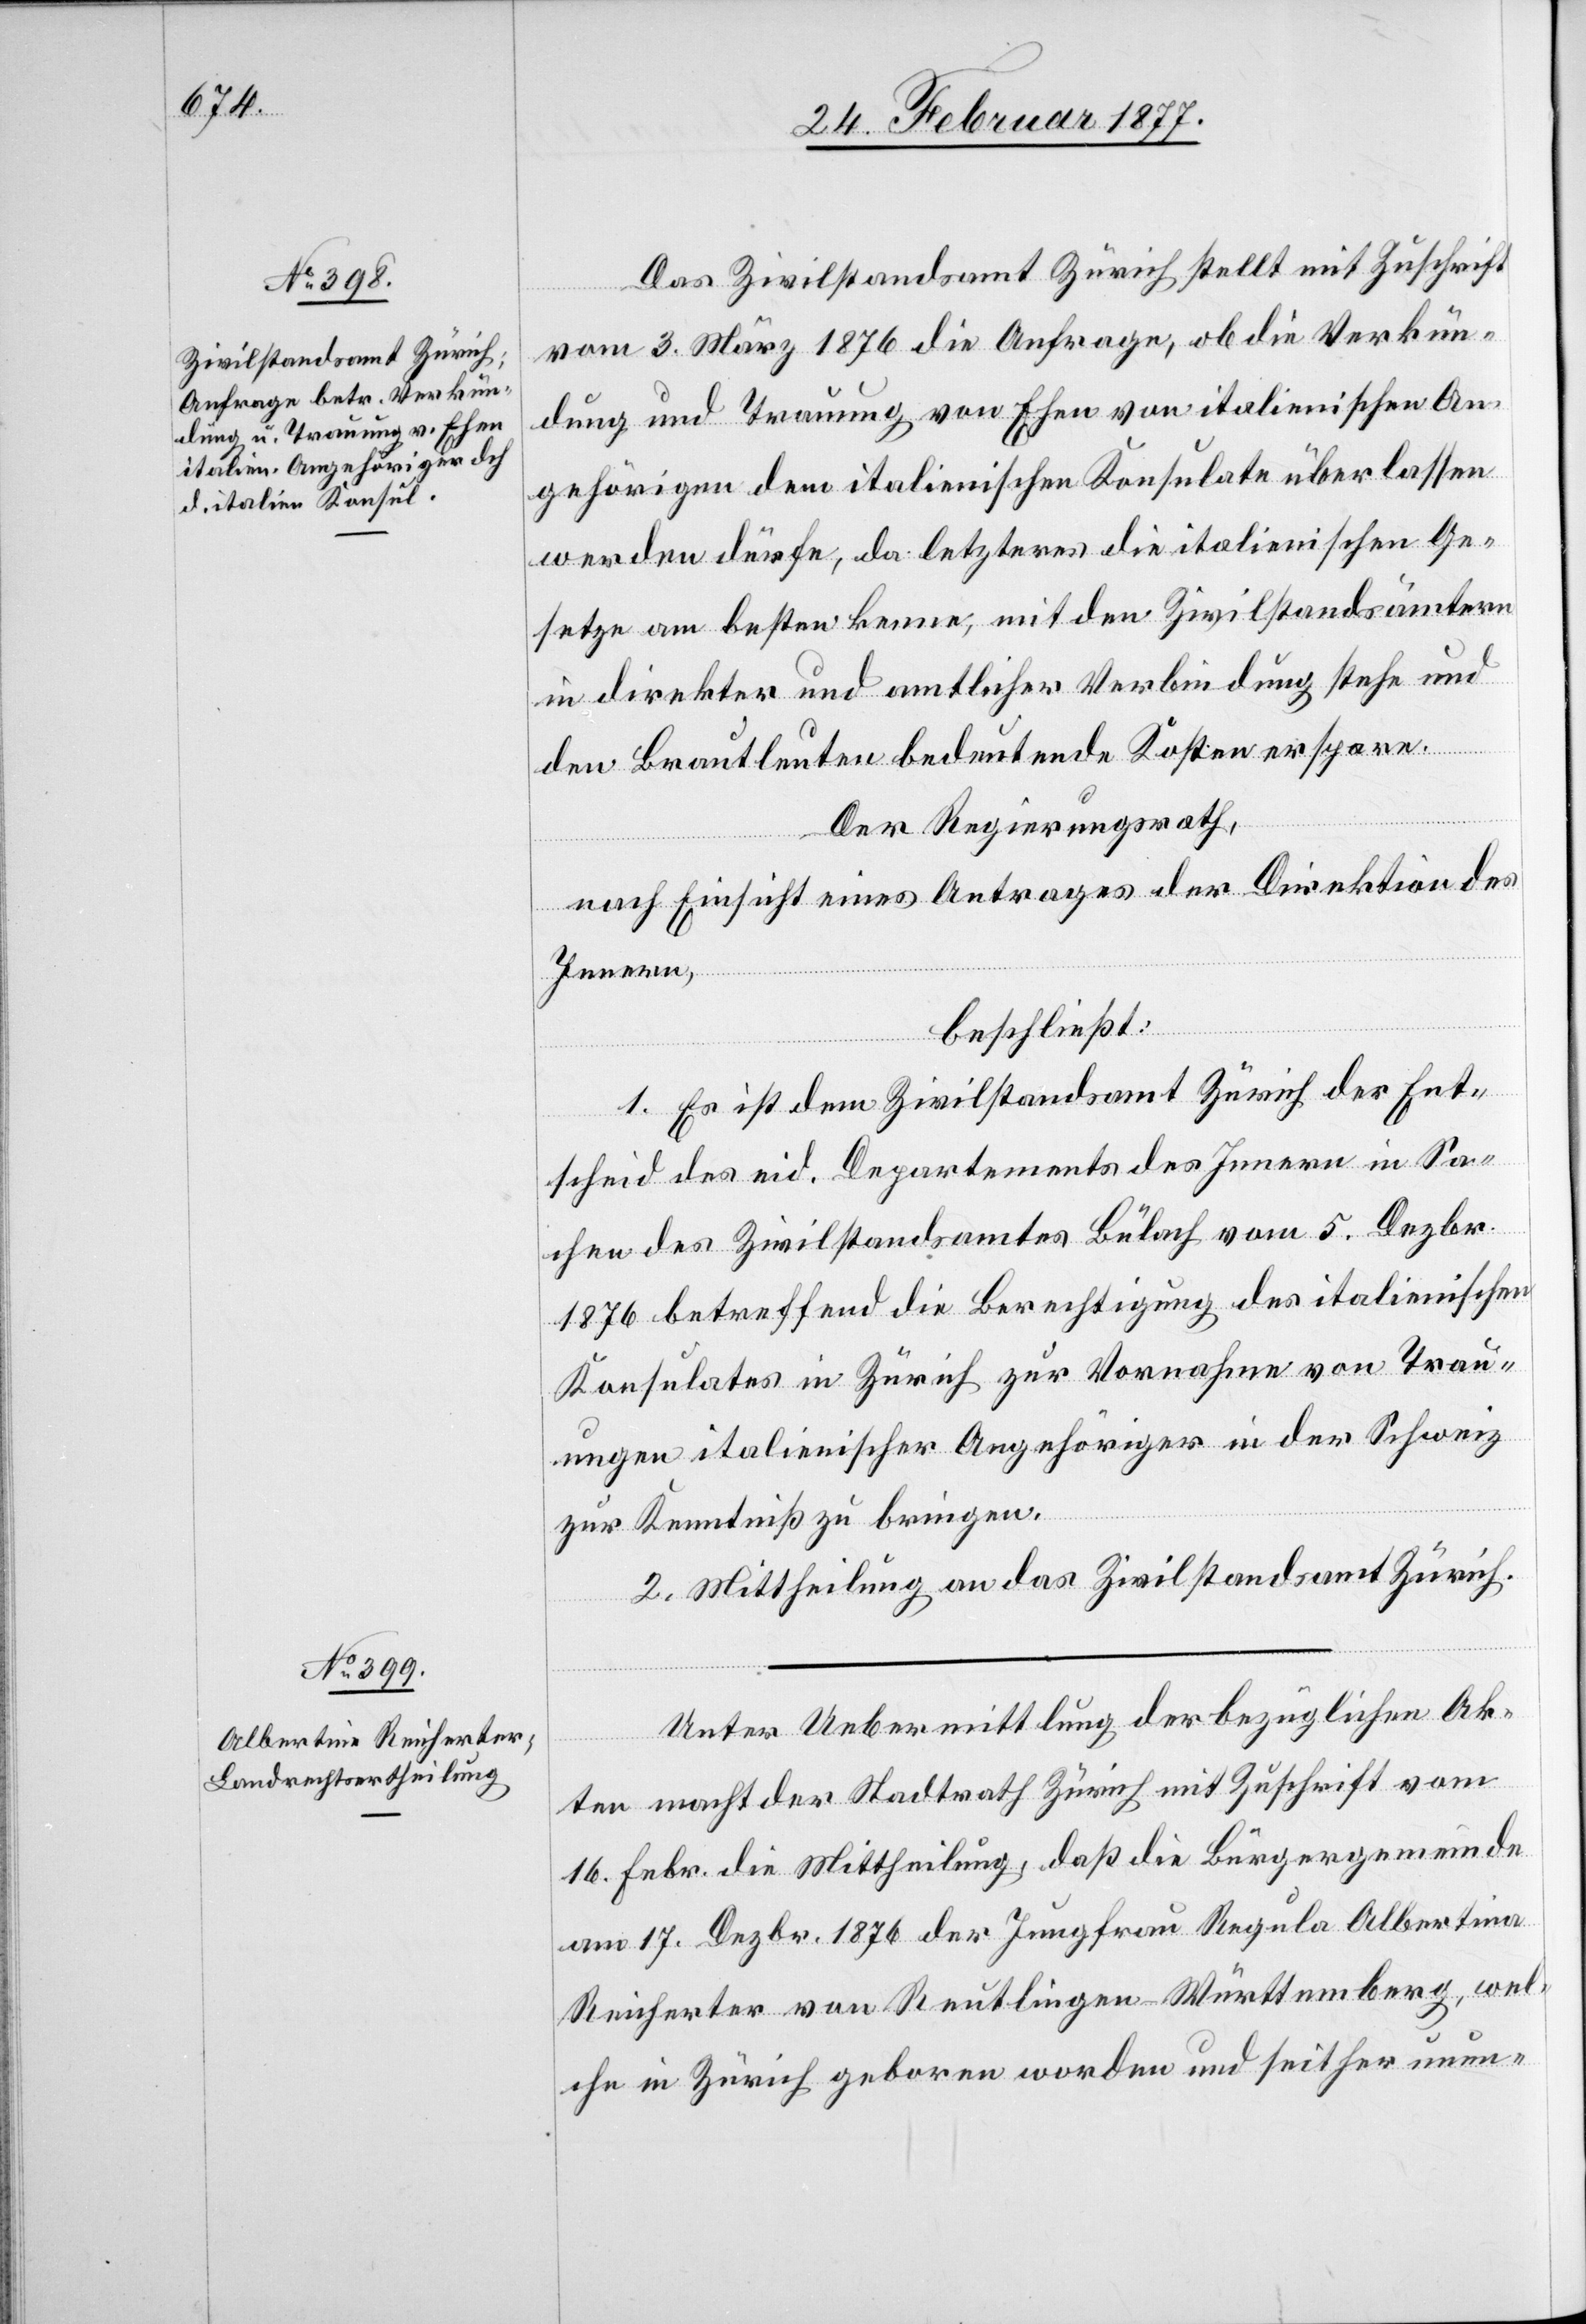
Das Zivilstandsamt Zürich stellt mit Zuschrift
vom 3. März 1876 die Anfrage, ob die Verkün¬
dung und Trauung von Ehen von italienischen An¬
gehörigen dem italienischen Konsulate überlassen
werden dürfe, da letzteres die italienischen Ge¬
setze am besten kenne, mit den Zivilstandsämtern
in direkter und amtlicher Verbindung stehe und
den Brautleuten bedeutende Kosten erspare.
Der Regierungsrath,
nach Einsicht eines Antrages der Direktion des
Innern,
beschließt:
1. Es ist dem Zivilstandsamt Zürich der Ent¬
scheid des eid. Departements des Innern in Sa¬
chen des Zivilstandsamtes Bülach vom 5. Dezbr.
1876 betreffend die Berechtigung des italienischen
Konsulates in Zürich zur Vornahme von Trau¬
ungen italienischen Angehöriger in der Schweiz
zur Kenntniß zu bringen.
2. Mittheilung an das Zivilstandsamt Zürich.
Unter Uebermittlung der bezüglichen Ak¬
ten macht der Stadtrath Zürich mit Zuschrift vom
16. Febr. die Mittheilung, daß die Bürgergemeinde
am 17. Dezbr. 1876 der Jungfrau Regula Albertina
Reicherter von Reutlingen Württemberg, wel¬
che in Zürich geboren worden und seither unun-